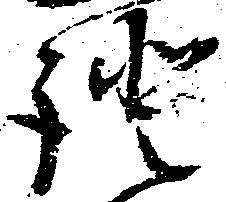
証